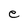
Character: e